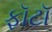
ફૉટૉ